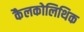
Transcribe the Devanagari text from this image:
कैलकोलिथिक